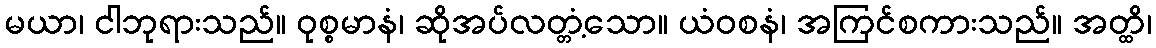
မယာ၊ ငါဘုရားသည်။ ဝုစ္စမာနံ၊ ဆိုအပ်လတ္တံ့သော။ ယံဝစနံ၊ အကြင်စကားသည်။ အတ္ထိ၊